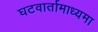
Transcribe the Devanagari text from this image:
घटवार्तामाध्यमा